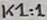
Text: K1:1